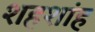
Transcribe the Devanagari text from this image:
शहशांह